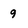
Character: 9